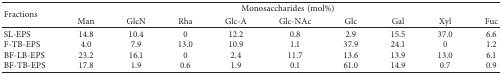
| <ROWSPAN=2> Fractions | <COLSPAN=9> Monosaccharides (mol%) |
 | Man | GlcN | Rha | Glc-A | Glc-NAc | Glc | Gal | Xyl | Fuc |
 | --- | --- | --- | --- | --- | --- | --- | --- | --- | --- |
 | SL-EPS | 14.8 | 10.4 | 0 | 12.2 | 0.8 | 2.9 | 15.5 | 37.0 | 6.6 |
 | F-TB-EPS | 4.0 | 7.9 | 13.0 | 10.9 | 1.1 | 37.9 | 24.1 | 0 | 1.2 |
 | BF-LB-EPS | 23.2 | 16.1 | 0 | 2.4 | 11.7 | 13.6 | 13.9 | 13.0 | 6.1 |
 | BF-TB-EPS | 17.8 | 1.9 | 0.6 | 1.9 | 0.1 | 61.0 | 14.9 | 0.7 | 0.9 |